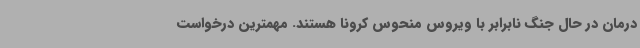
درمان در حال جنگ نابرابر با ویروس منحوس کرونا هستند. مهمترین درخواست